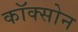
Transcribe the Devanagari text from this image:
कॉक्सोन